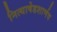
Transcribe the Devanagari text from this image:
नित्याषेडशार्णव